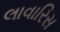
લાવારિસ